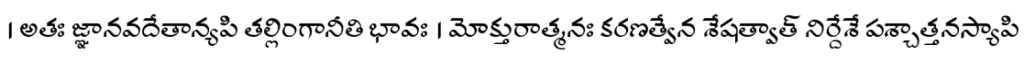
। అతః జ్ఞానవదేతాన్యపి తల్లింగానీతి భావః । మోక్తురాత్మనః కరణత్వేన శేషత్వాత్ నిర్దేశే పశ్చాత్తనస్యాపి